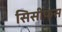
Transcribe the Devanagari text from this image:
सिसीफस